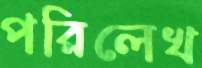
পরিলেখ